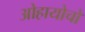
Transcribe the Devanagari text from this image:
ओहायोचो